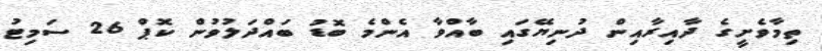
ތިމާވެށީގެ ދާއިރާއިން ދުނިޔޭގައި ބާއްވާ އެންމެ ބޮޑު ބައްދަލުވުން ކޮޕް 26 ސަމިޓު